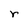
Character: r